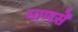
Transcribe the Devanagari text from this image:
माणसें